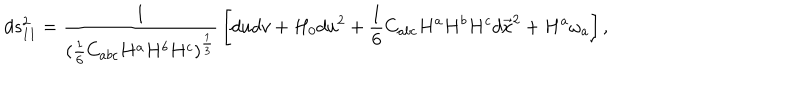
d s _ { 1 1 } ^ { 2 } = { \frac { 1 } { ( { \frac { 1 } { 6 } } C _ { a b c } H ^ { a } H ^ { b } H ^ { c } ) ^ { \frac { 1 } { 3 } } } } \left[ d u d v + H _ { 0 } d u ^ { 2 } + { \frac { 1 } { 6 } } C _ { a b c } H ^ { a } H ^ { b } H ^ { c } d \vec { x } ^ { 2 } + H ^ { a } \omega _ { a } \right] ,